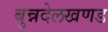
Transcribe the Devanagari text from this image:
बुन्नदेलखणड